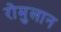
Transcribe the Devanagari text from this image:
रोमुलान